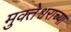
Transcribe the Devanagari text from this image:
मुक्तेश्वराच्या